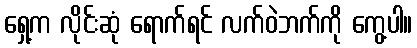
ရှေ့က လိုင်းဆုံ ရောက်ရင် လက်ဝဲဘက်ကို ကွေ့ပါ။